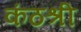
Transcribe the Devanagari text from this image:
कंठश्री